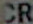
CR